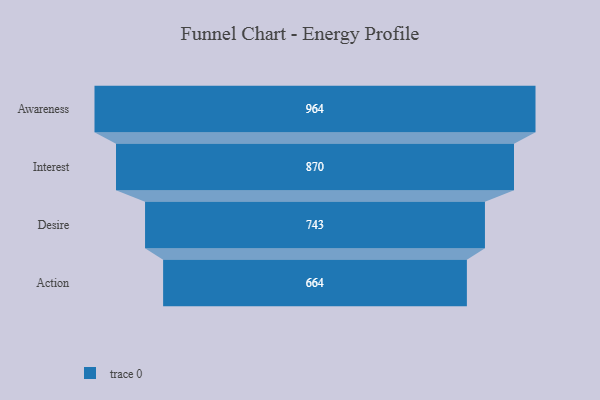
{"axis": {"x": "Stage", "y": "Value"}, "legend": [""], "data": [{"x": "Awareness", "y": 964.0, "type": ""}, {"x": "Interest", "y": 870.0, "type": ""}, {"x": "Desire", "y": 743.0, "type": ""}, {"x": "Action", "y": 664.0, "type": ""}]}